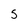
Character: 5